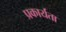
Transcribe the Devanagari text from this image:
प्रकार्यता